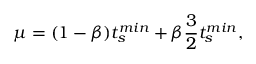
\mu = ( 1 - \beta ) t _ { s } ^ { m i n } + \beta \frac { 3 } { 2 } t _ { s } ^ { m i n } ,